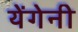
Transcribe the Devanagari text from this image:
येंगेनी